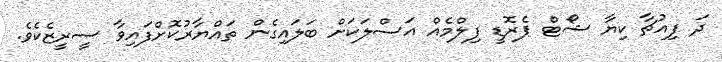
ދަ ފިއުޗާ ކިޔާ ޝޯޓް ޕެރޮޑީ ފިލްމެއް އަސްލަކަށް ބަލައިގެން ތައްޔާރުކޮށްފައިވާ ސީރީޒެކެވެ.